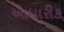
આધારીક